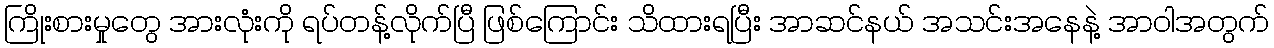
ကြိုးစားမှုတွေ အားလုံးကို ရပ်တန့်လိုက်ပြီ ဖြစ်ကြောင်း သိထားရပြီး အာဆင်နယ် အသင်းအနေနဲ့ အာဝါအတွက်